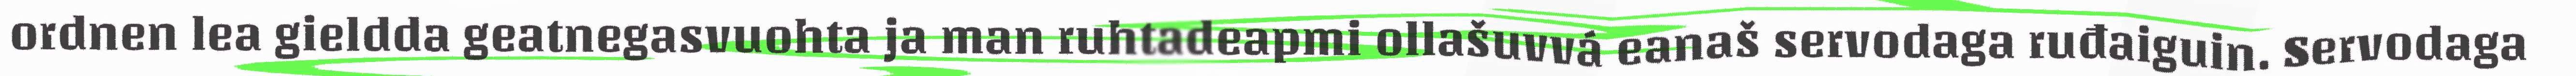
ordnen lea gieldda geatnegasvuohta ja man ruhtadeapmi ollašuvvá eanaš servodaga ruđaiguin. Servodaga